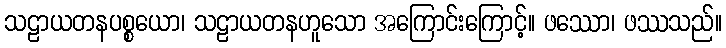
သဠာယတနပစ္စယော၊ သဠာယတနဟူသော အကြောင်းကြောင့်။ ဖဿော၊ ဖဿသည်။